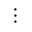
\vdots